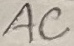
Text: AC